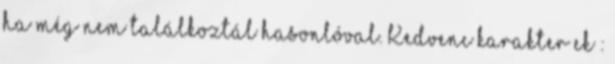
ha még nem találkoztál hasonlóval. Kedvenc karakter ek :